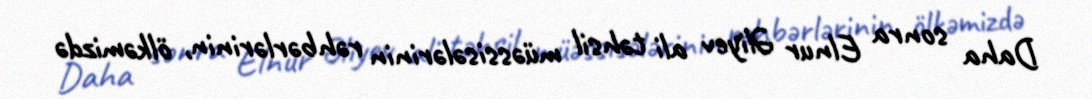
Daha sonra Elnur Əliyev ali təhsil müəssisələrinin rəhbərlərinin, ölkəmizdə